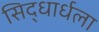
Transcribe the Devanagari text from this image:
सिद्धार्धला